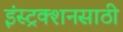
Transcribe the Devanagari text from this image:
इंस्ट्रक्शनसाठी